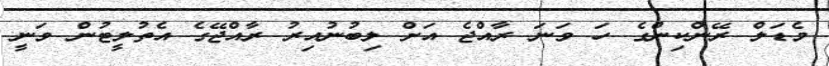
މެޑަލް ރޭންކިންގެ ހަ ވަނަ ރާއްޖެ އަށް ލިބުނުއިރު ރާއްޖޭގެ އެތުލީޓުން ވަނީ